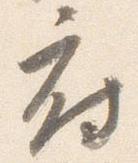
府